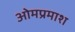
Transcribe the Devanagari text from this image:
ओमप्रमाश